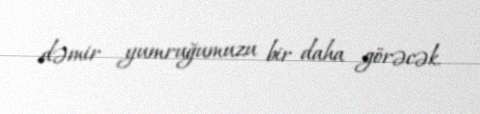
dəmir yumruğumuzu bir daha görəcək.